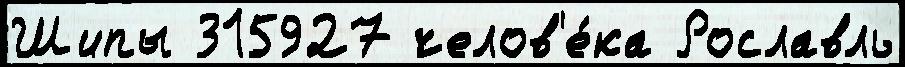
Шипы 315927 челов'е́ка Рославль